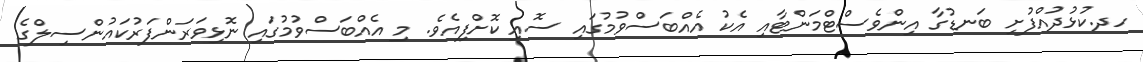
ހދ.ކުޅުދުއްފުށި ބަނޑުގާ އިންވެސްޓްމަންޓާއި އެކު އެއްބަސްވުމުގައި ސޮއި ކޮށްފިއެވެ. މި އެއްބަސްވުމުގައި ނޮޅިވަރަންފަރުކައުންސިލްގެ